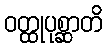
ဝတ္ထုပုစ္ဆာတိ